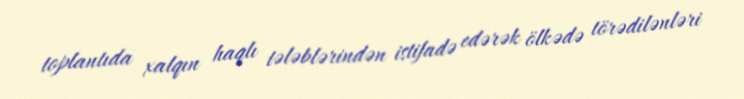
toplantıda xalqın haqlı tələblərindən istifadə edərək ölkədə törədilənləri